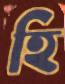
হি